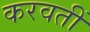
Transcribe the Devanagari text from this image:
करवतीं